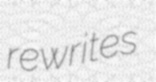
rewrites